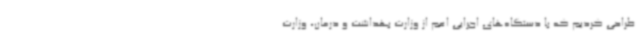
طراحی کردیم که با دستگاه‌های اجرایی اعم از وزارت بهداشت و درمان، وزارت